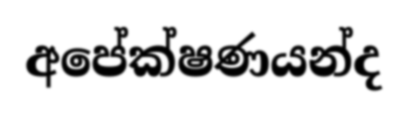
අපේක්ෂණයන්ද